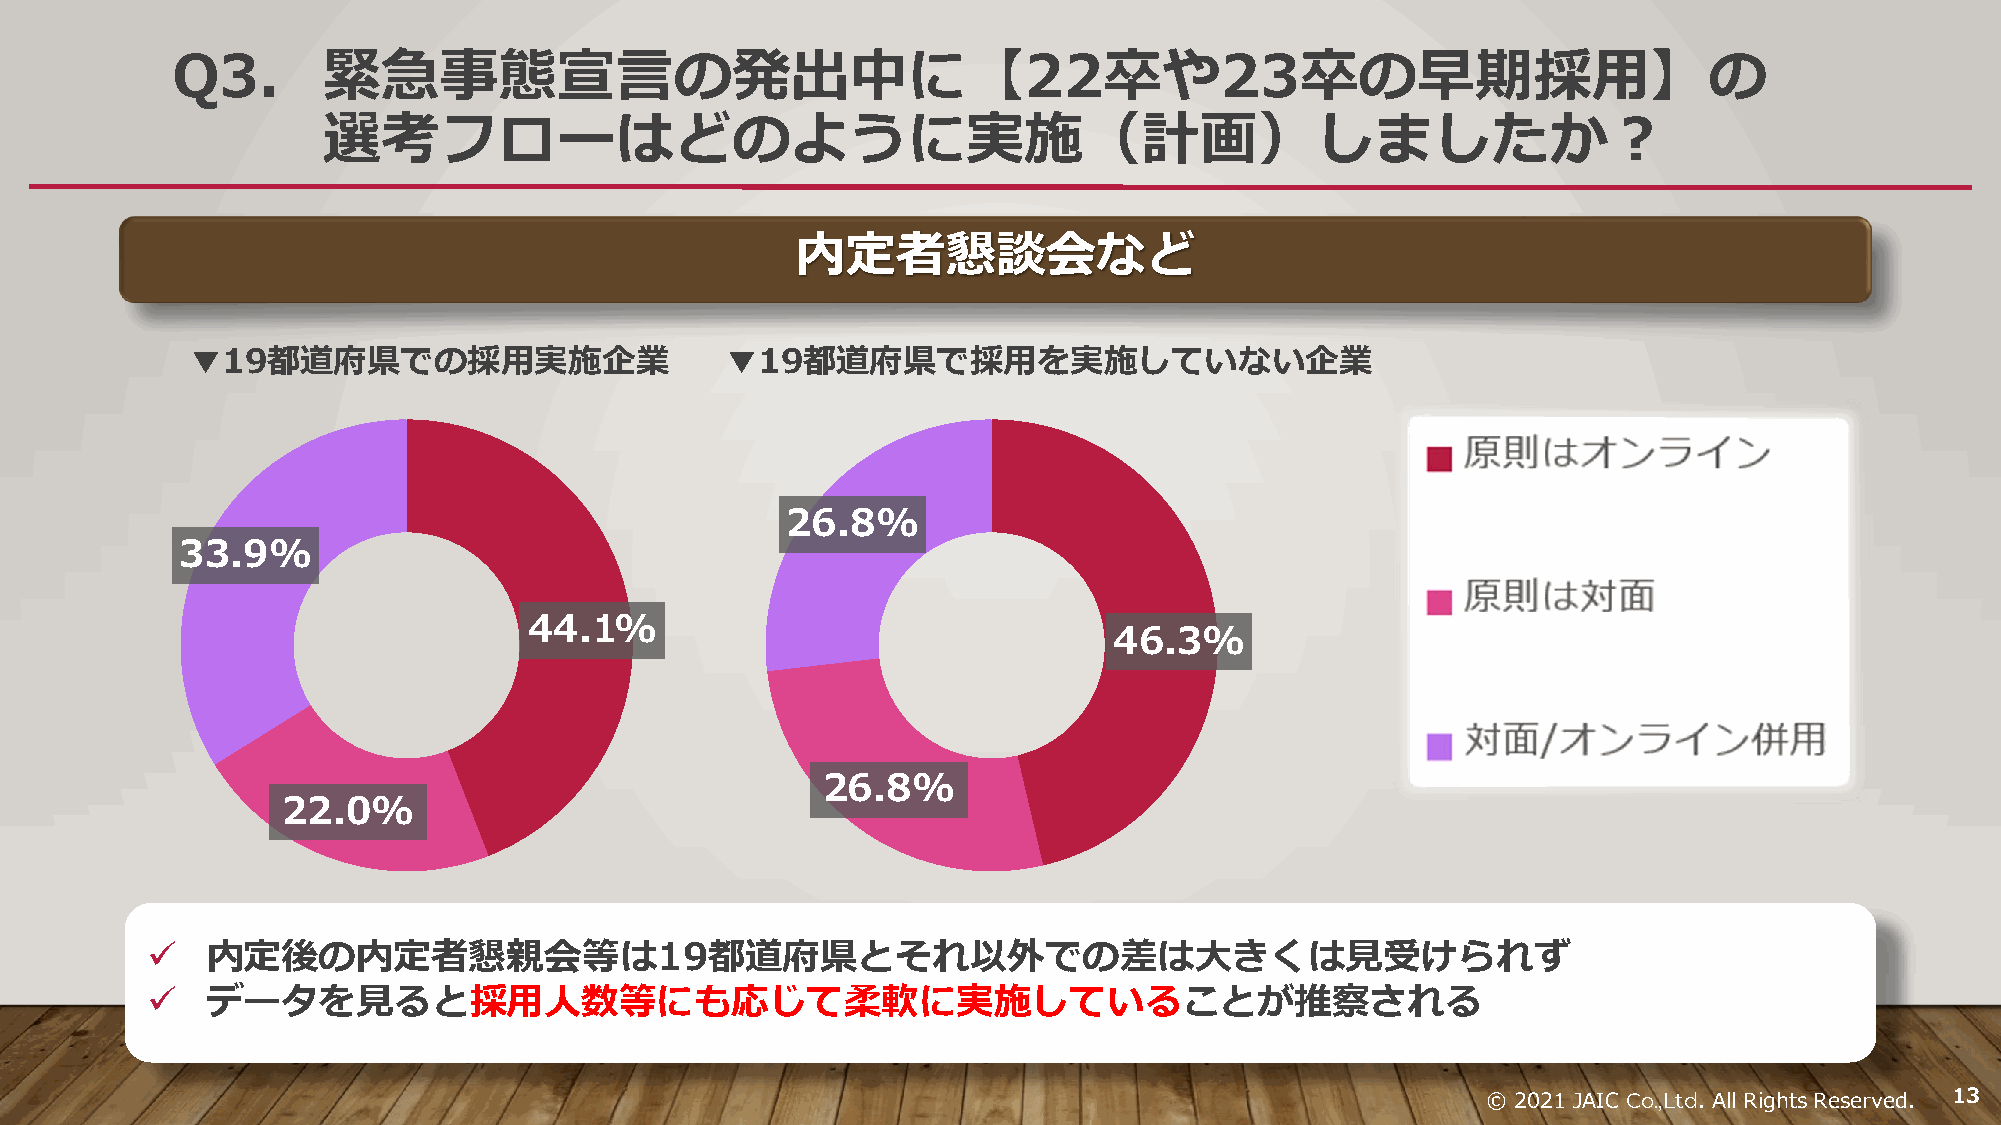
Q3.       緊急事態宣言の発出中に【22卒や23卒の早期採用】の
 選考フローはどのように実施（計画）しましたか？
 内定者懇談会など
 ▼19都道府県での採用実施企業                     ▼19都道府県で採用を実施していない企業
 26.8%
 33.9%
 44.1%
 46.3%
 26.8%
 22.0%
 ✓   内定後の内定者懇親会等は19都道府県とそれ以外での差は大きくは見受けられず
 ✓   データを見ると採用人数等にも応じて柔軟に実施していることが推察される
 © 2021 JAIC Co.,Ltd. All Rights Reserved. 13